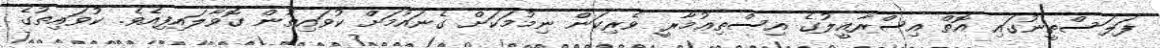
ފަލަސްޠީނުގައި އޮތް އިސްރާއީލުގެ އިސްތިޢުމާރީ ވެރިކަން ނިމުމަކަށް ގެނައުމަށް ކުވައިތުން ގޮވާލައިފިއެވެ. ކުވައިތުގެ